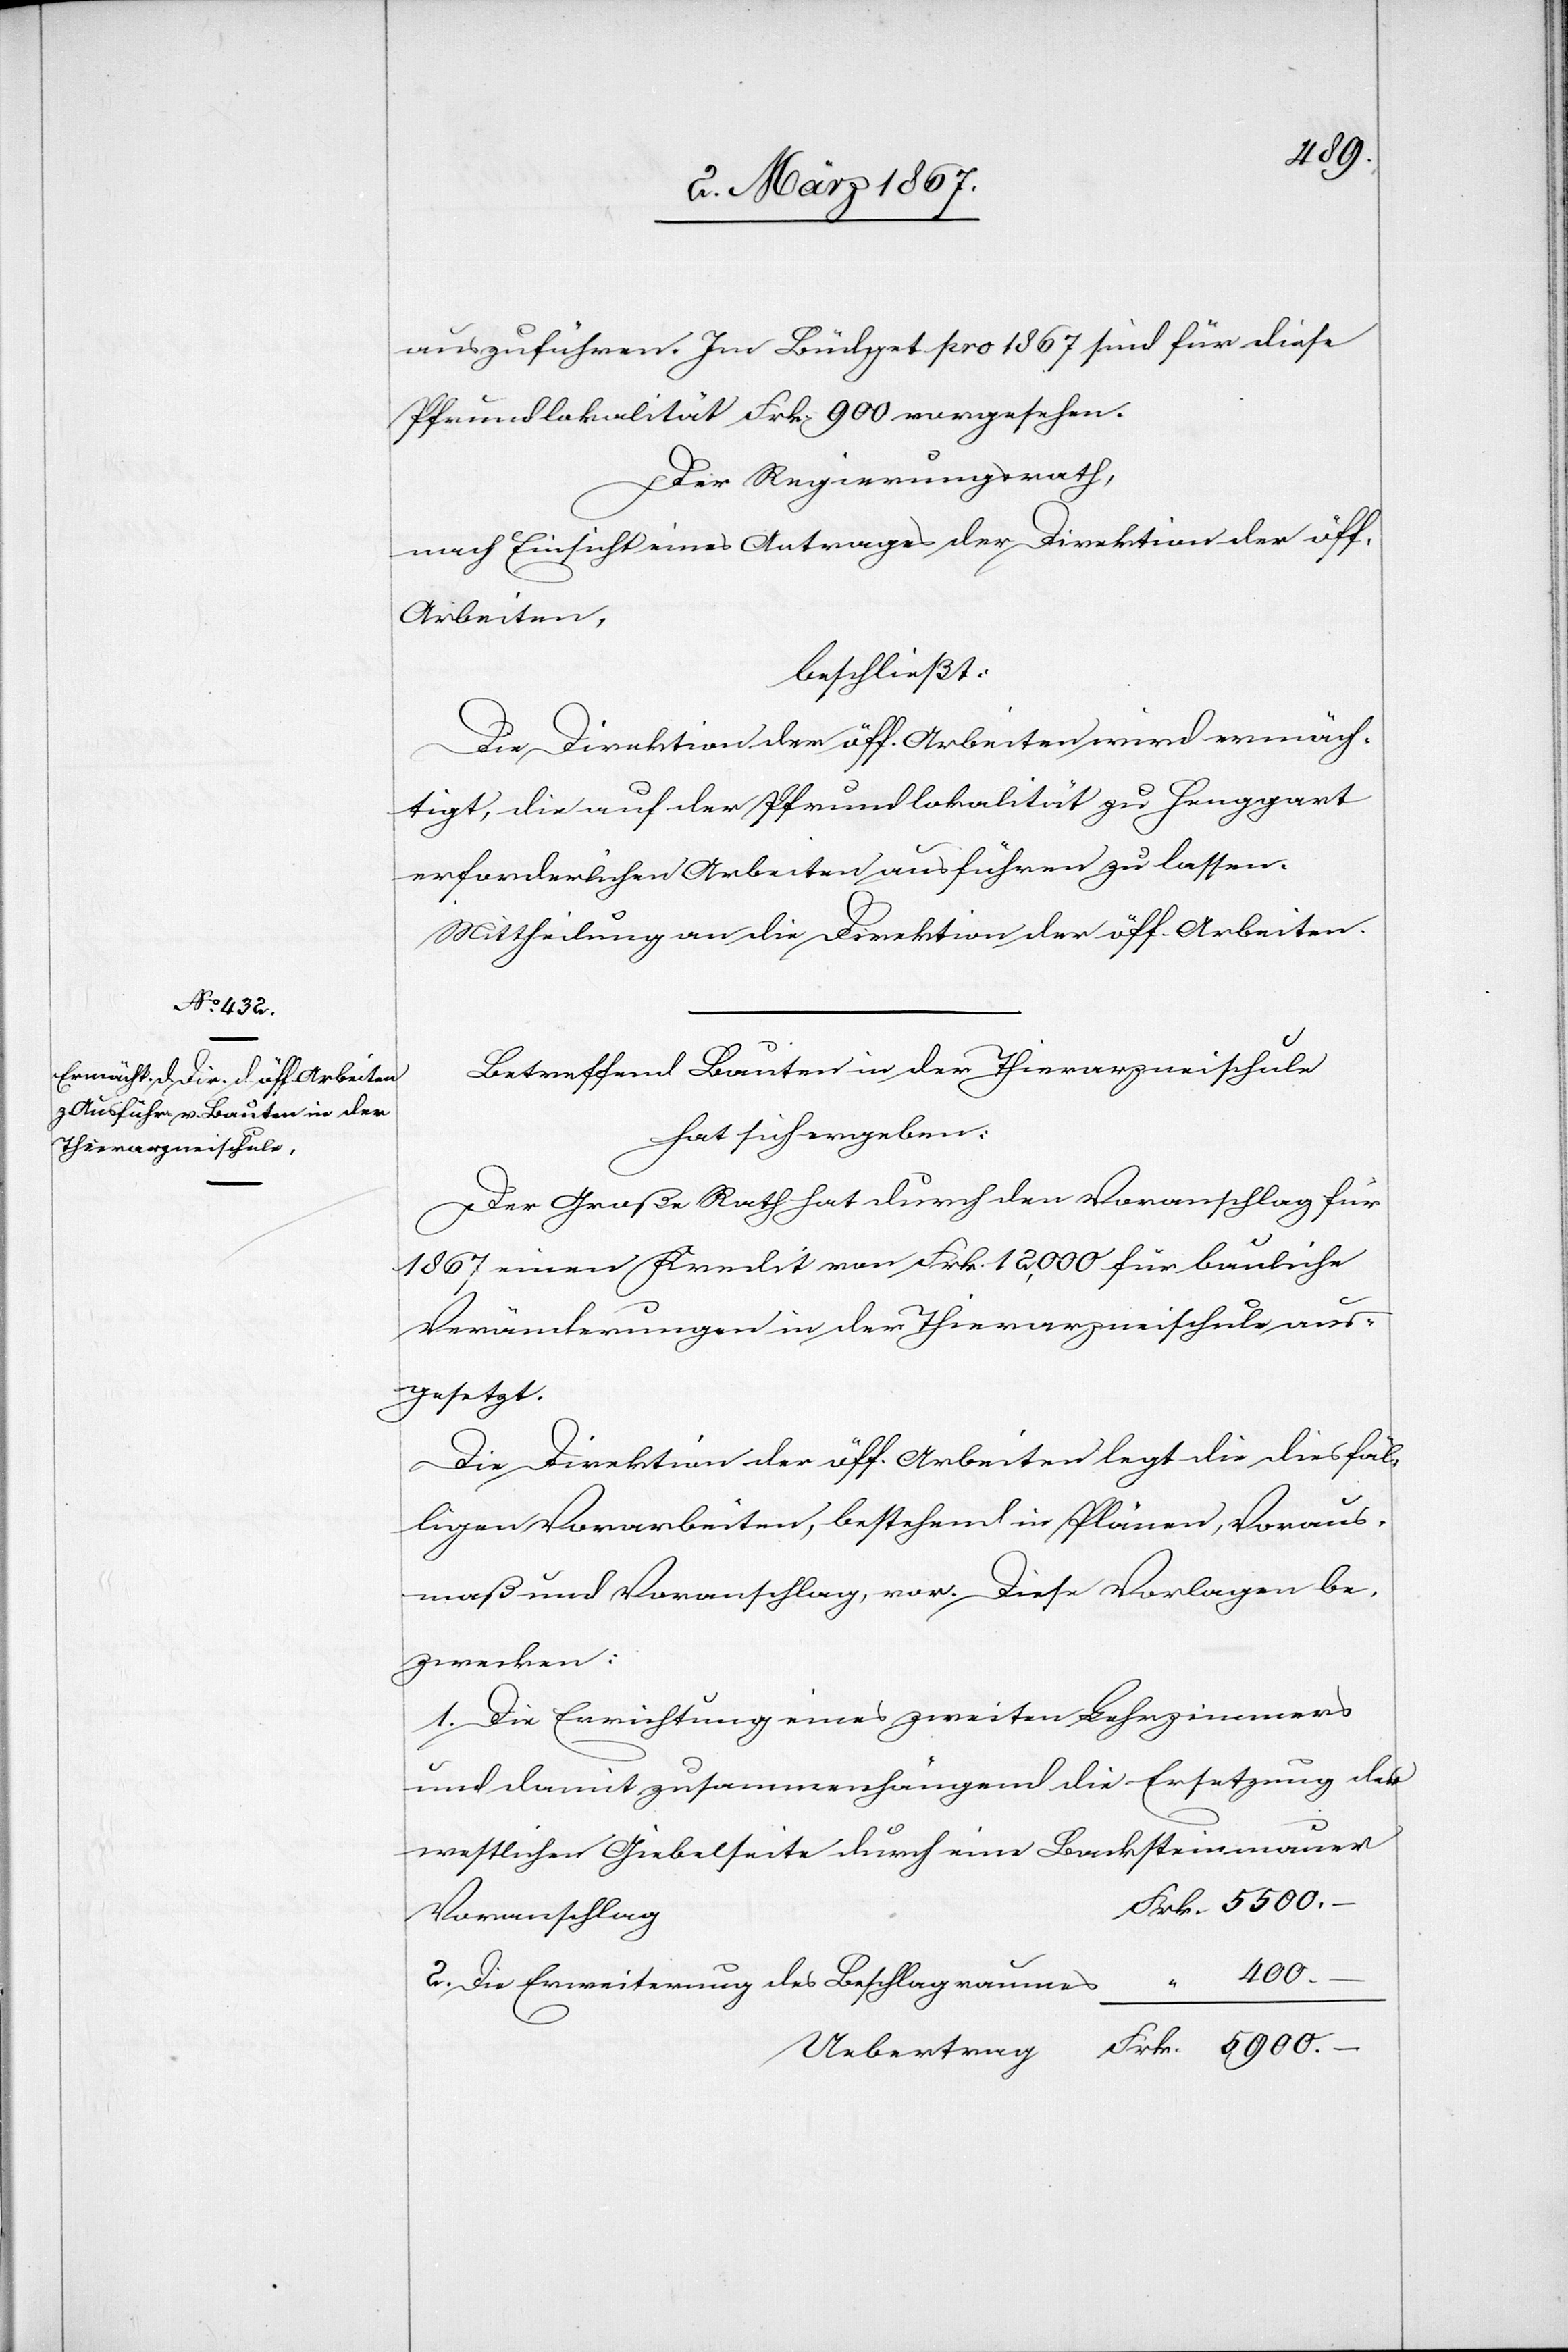
5900.
auszuführen. Im Büdget pro 1867 sind für diese
Pfrundlokalität Frk. 900 vorgesehen.
Der Regierungsrath,
nach Einsicht eines Antrages der Direktion der öff.
Arbeiten,
beschließt:
Die Direktion der öff. Arbeiten wird ermäch¬
tigt, die auf der Pfrundlokalität zu Henggart
erforderlichen Arbeiten ausführen zu lassen.
Mittheilung an die Direktion der öff. Arbeiten.
Betreffend Bauten in der Thierarzneischule
hat sich ergeben:
Der Große Rath hat durch den Voranschlag für
1867 einen Kredit von Frk. 12,000 für bauliche
Veränderungen in der Thierarzneischule aus¬
gesetzt.
Die Direktion der öff. Arbeiten legt die diesfäl¬
s
ligen Vorarbeiten, bestehend in Plänen, Voraus¬
maß und Voranschlag, vor. Diese Vorlagen be¬
zwecken:
1. Die Errichtung eines zweiten Lehrzimmers
und damit zusammenhängend die Ersetzung der
westlichen Giebelseite durch eine Backsteinmauer
2. Die Erweiterung des Beschlagraume¬